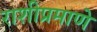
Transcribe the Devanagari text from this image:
राशीप्रमाणे